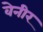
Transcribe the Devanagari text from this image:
वेनीर